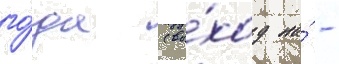
го́да (вы́ход на́ -